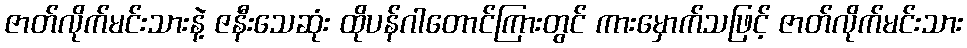
ဇာတ်လိုက်မင်းသားနဲ့ ဇနီးသေဆုံး ထိုပန်ဂါတောင်ကြားတွင် ကားမှောက်သဖြင့် ဇာတ်လိုက်မင်းသား